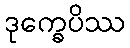
ဒုက္ခေပိဿ